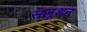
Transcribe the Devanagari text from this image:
सलूशन